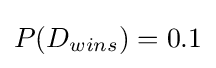
P(D_{wins})=0.1